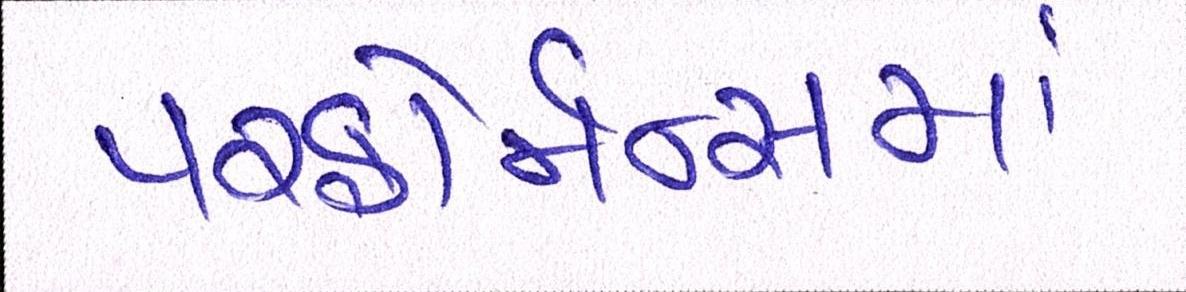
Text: પરફોર્મન્સમાં